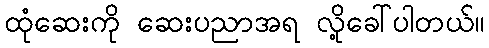
ထုံဆေးကို ဆေးပညာအရ လို့ခေါ်ပါတယ်။